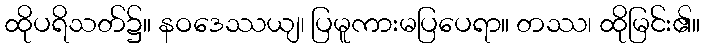
ထိုပရိသတ်၌။ နဝဒေဿယျ၊ ပြမူကားမပြပေရာ။ တဿ၊ ထိုမြင်း၏။